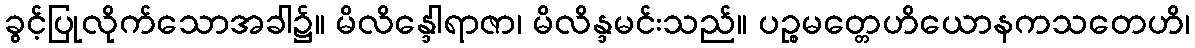
ခွင့်ပြုလိုက်သောအခါ၌။ မိလိန္ဒေါရာဇာ၊ မိလိန္ဒမင်းသည်။ ပဉ္စမတ္တေဟိယောနကသတေဟိ၊